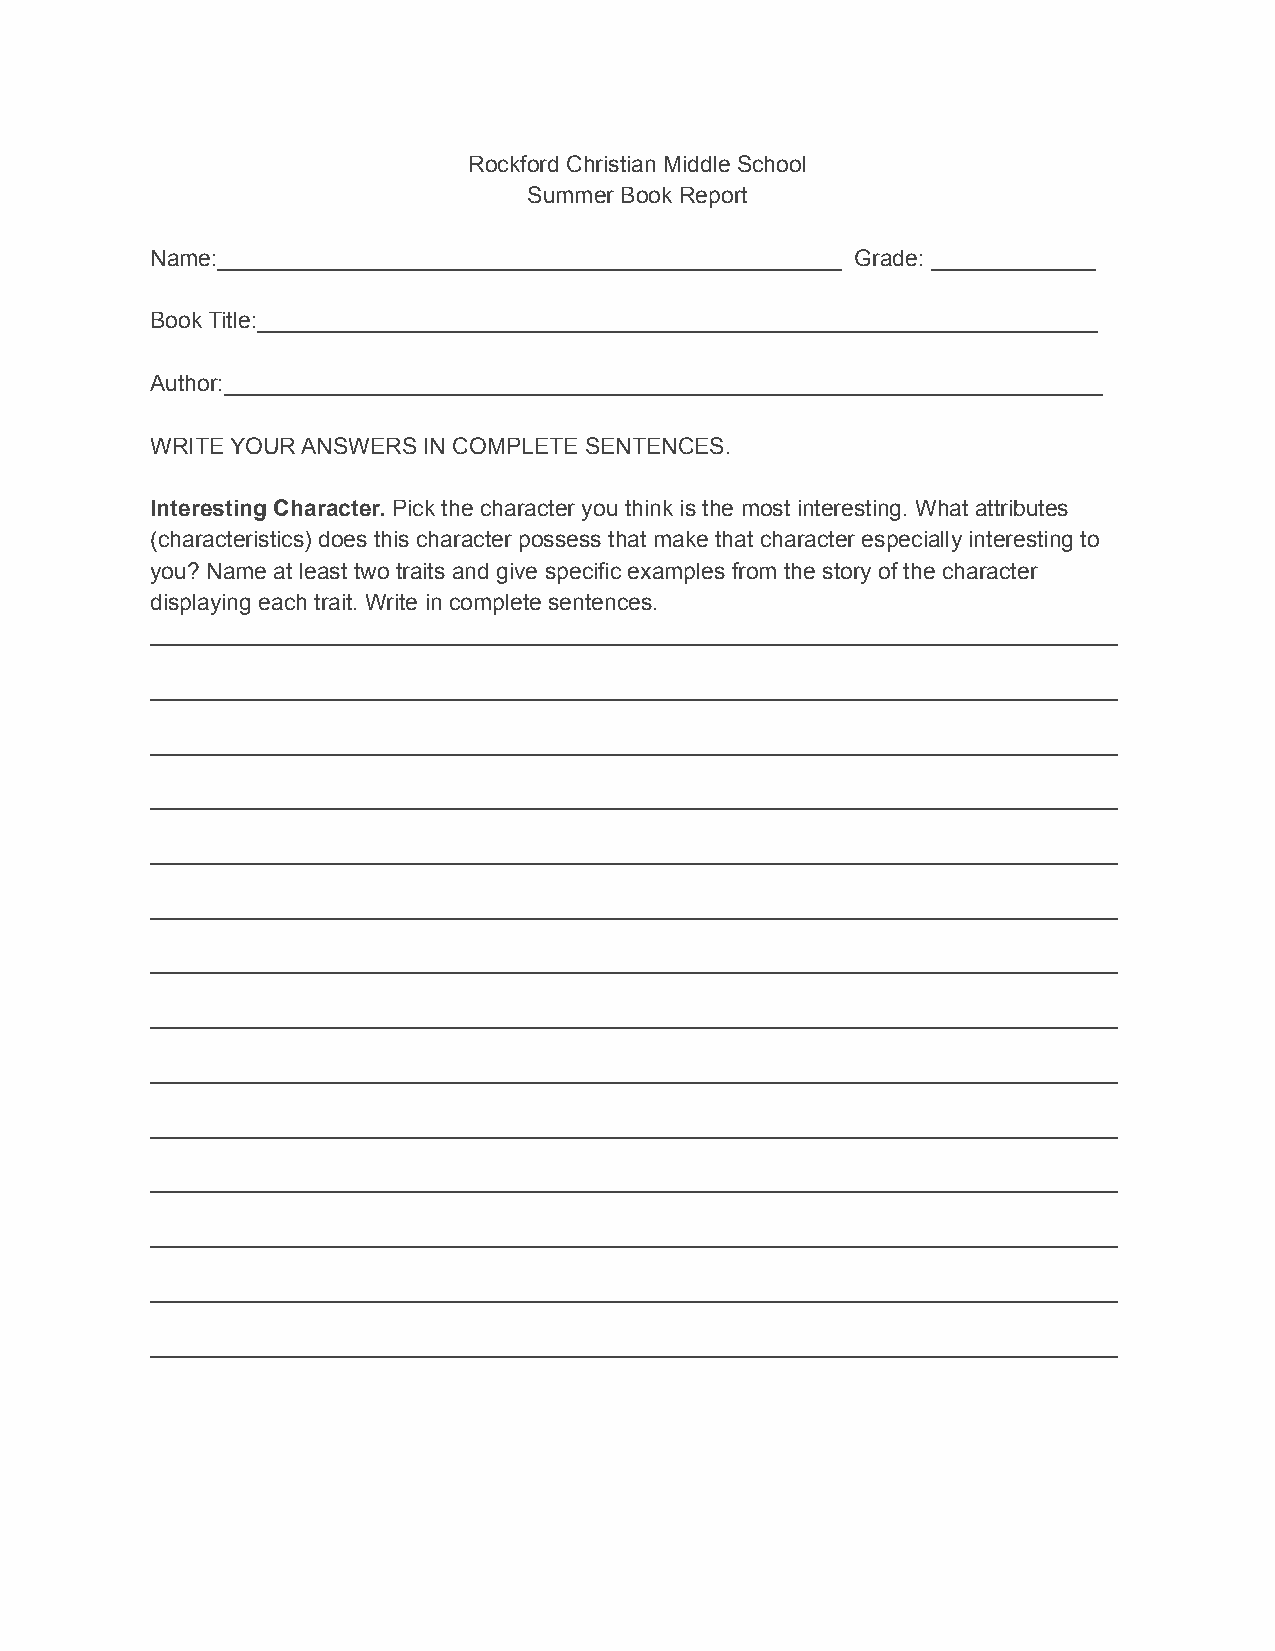
Rockford Christian Middle School
 Summer Book Report
 Name:_________________________________________________ Grade: _____________
 Book Title:__________________________________________________________________
 Author:_____________________________________________________________________
 WRITE YOUR ANSWERS IN COMPLETE SENTENCES.
 Interesting Character. Pick the character you think is the most interesting. What attributes
 (characteristics) does this character possess that make that character especially interesting to
 you? Name at least two traits and give specific examples from the story of the character
 displaying each trait. Write in complete sentences.
 ____________________________________________________________________________
 ____________________________________________________________________________
 ____________________________________________________________________________
 ____________________________________________________________________________
 ____________________________________________________________________________
 ____________________________________________________________________________
 ____________________________________________________________________________
 ____________________________________________________________________________
 ____________________________________________________________________________
 ____________________________________________________________________________
 ____________________________________________________________________________
 ____________________________________________________________________________
 ____________________________________________________________________________
 ____________________________________________________________________________